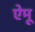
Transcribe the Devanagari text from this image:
ऐमू